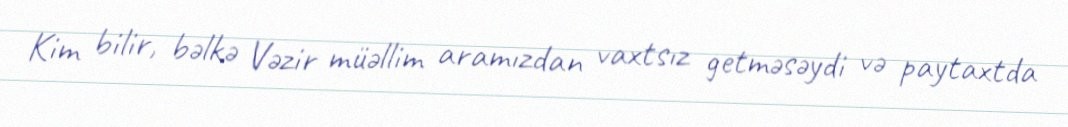
Kim bilir, bəlkə Vəzir müəllim aramızdan vaxtsız getməsəydi və paytaxtda